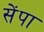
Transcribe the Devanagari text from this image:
सेंपा